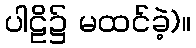
ပါဠိ၌ မထင်ခဲ့)။